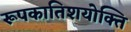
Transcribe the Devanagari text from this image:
रूपकातिशयोक्ति